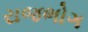
રાજભોગ